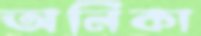
অনিকা